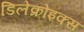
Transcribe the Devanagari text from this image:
डिलेक्रोइक्‍स